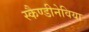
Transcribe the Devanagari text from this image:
स्कैण्डीनेविया